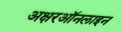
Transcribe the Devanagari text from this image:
अक्षरऑनलाइन